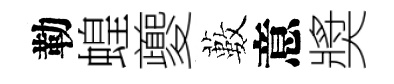
勒蝗夔藪意奬